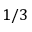
1 / 3